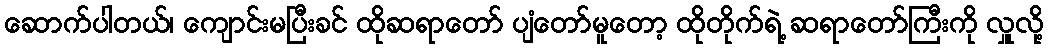
ဆောက်ပါတယ်၊ ကျောင်းမပြီးခင် ထိုဆရာတော် ပျံတော်မူတော့ ထိုတိုက်ရဲ့ ဆရာတော်ကြီးကို လှူလို့